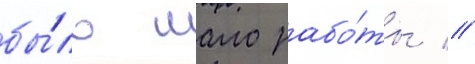
бы́ло мало рабо́ты //